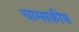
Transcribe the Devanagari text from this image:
चाम्सकीय